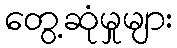
တွေ့ဆုံမှုများ